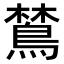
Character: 𬷞